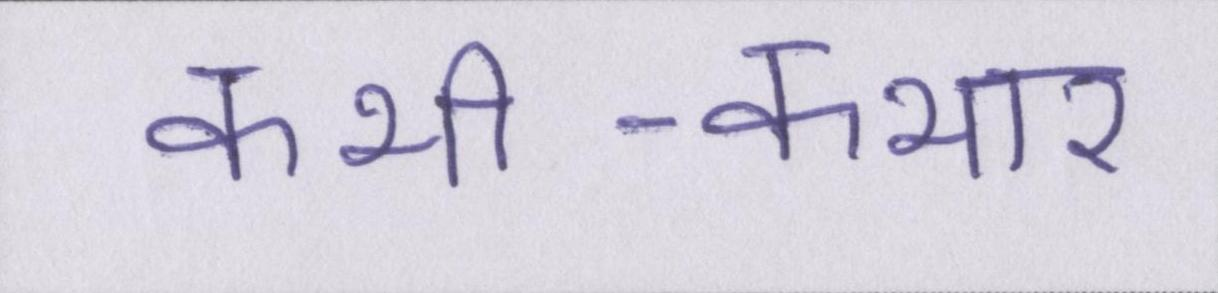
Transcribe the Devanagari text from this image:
कभी-कभार